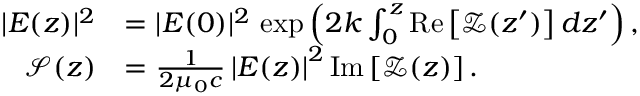
\begin{array} { r l } { | E ( z ) | ^ { 2 } } & { = | E ( 0 ) | ^ { 2 } \, \exp \left( 2 k \int _ { 0 } ^ { z } \mathrm { R e } \left[ \mathcal { Z } ( z ^ { \prime } ) \right] d z ^ { \prime } \right) , } \\ { \mathcal { S } ( z ) } & { = \frac { 1 } { 2 \mu _ { 0 } c } \left| E ( z ) \right| ^ { 2 } \mathrm { I m } \left[ \mathcal { Z } ( z ) \right] . } \end{array}